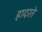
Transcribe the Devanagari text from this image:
हादरते